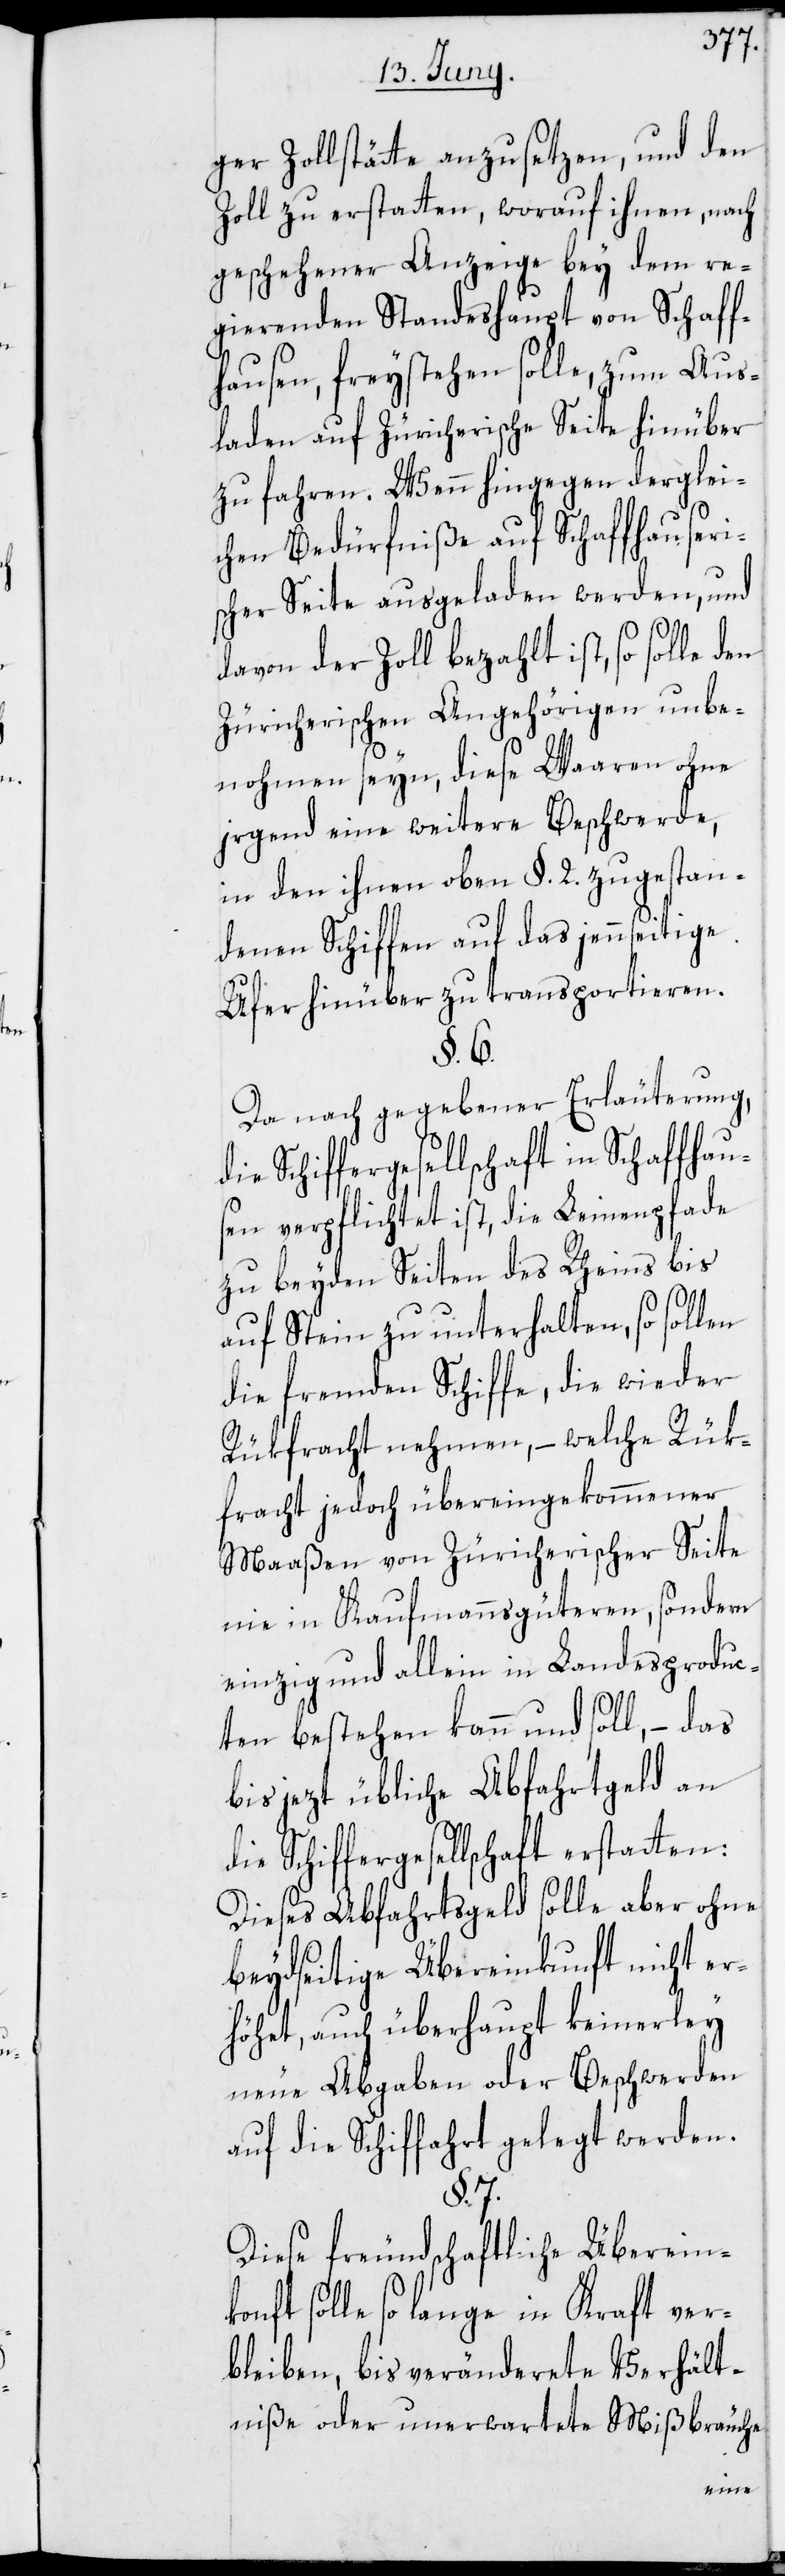
ger Zollstätte anzusetzen, und den
Zoll zu erstatten, worauf ihnen, nach
geschehener Anzeige bey dem re¬
gierenden Standeshaupt von Schaff¬
hausen, freystehen solle, zum Aus¬
laden auf Zürcherische Seite hinüber
zu fahren. Wenn hingegen derglei¬
chen Bedürfniße auf Schaffhauseri¬
scher Seite ausgeladen werden, und
davon der Zoll bezahlt ist, so solle den
Zürcherischen Angehörigen unbe¬
nohmen seyn, diese Waaren ohne
jrgend eine weitere Beschwerde,
in den ihnen oben §. 2. zugestan¬
denen Schiffen auf das jennseitige
Ufer hinüber zu transportieren.
§. 7.
Da nach gegebener Erläuterung,
Schiffergesellschaft in Schaffhau¬
sen verpflichtet ist, die Leinenpfade
zu beyden Seiten des Rheins bis
auf Stein zu unterhalten, so sollen
die fremden Schiffe, die wieder
Rükfracht nehmen, – welche Rük¬
fracht jedoch übereingekommener
Maaßen von Züricherischer Seite
nie in Kaufmannsgüteren, sondern
einzig und allein in Landesproduc¬
ten bestehen kann und soll, – das
bis jezt übliche Abfahrtgeld an
die Schiffergesellschaft erstatten:
Dieses Abfahrtsgeld solle aber ohne
beydseitige Übereinkunft nicht er¬
höhet, auch überhaupt keinerley
neue Abgaben oder Beschwerden
auf die Schiffahrt gelegt werden.
Diese freundschaftliche Übereink¬
onft solle so lange in Kraft ver¬
bleiben, bis veränderete Verhält¬
niße oder unerwartete Mißbräuche